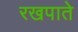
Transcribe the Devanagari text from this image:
रखपाते